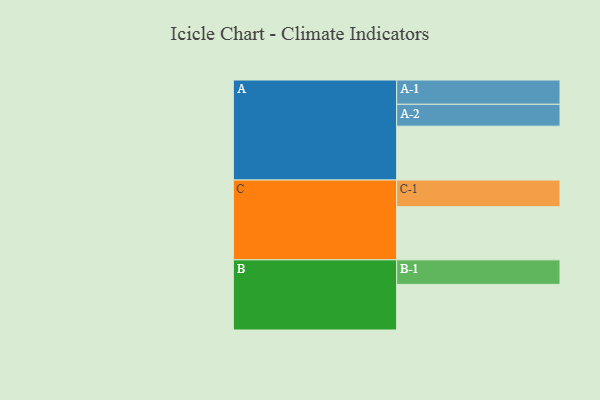
{"axis": {"x": "Segment", "y": "Value"}, "legend": ["", "A", "B", "C"], "data": [{"x": "A", "y": 599, "type": ""}, {"x": "B", "y": 507, "type": ""}, {"x": "C", "y": 590, "type": ""}, {"x": "A-1", "y": 270, "type": "A"}, {"x": "A-2", "y": 243, "type": "A"}, {"x": "B-1", "y": 273, "type": "B"}, {"x": "C-1", "y": 297, "type": "C"}]}